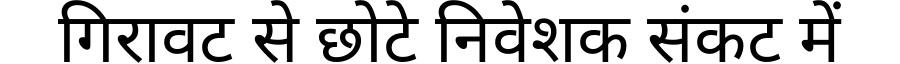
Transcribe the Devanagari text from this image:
गिरावट से छोटे निवेशक संकट में